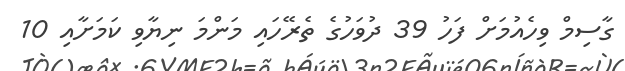
ގާސިމް ވިހެއުމަށް ފަހު 39 ދުވަހުގެ ތެރޭހައި މަންމަ ނިޔާވި ކަމަށާއި 10